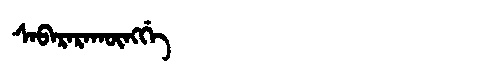
Manchu: ᠰᠠᠪᠠᡵᠠᡵᠠᡴᡡᠩᡤᡝ
Romanization: SABARARAKŪNGGE